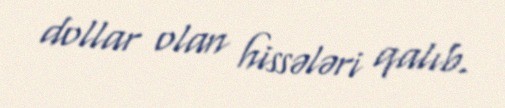
dollar olan hissələri qalıb.